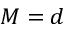
M = d